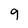
Character: g